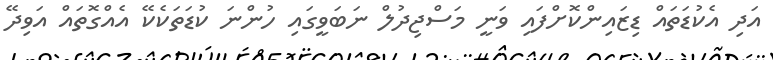
އަދި އެކުޑަތައް ޑިޒައިންކޮށްފައި ވަނީ މަސްޖިދުލް ނަބަވީގައި ހުންނަ ކުޑަތަކެކޭ އެއްގޮތައް އަވިދޭ